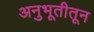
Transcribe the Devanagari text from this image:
अनुभूतीतून